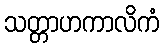
သတ္တာဟကာလိကံ